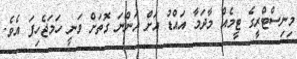
މިނިސްޓްރީގެ ޓީމެއް މާދަމާ އައްޑު އަށް އަންނަ ގޮތަށް ވަނީ ހަމަޖެހިފަ އެވެ.